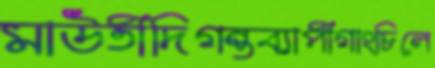
মাউতীদিগন্তব্যাপীগাংচিলে